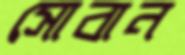
সোবান